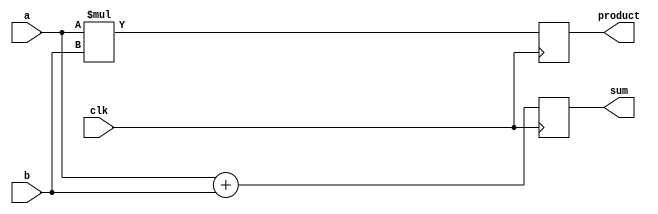
module behavioral_model (
    input wire clk,
    input wire [3:0] a,
    input wire [3:0] b,
    output reg [4:0] sum,
    output reg [4:0] product
);

// Signal Declaration
reg [4:0] temp_sum;
reg [4:0] temp_product;

// Task to calculate sum
task calculate_sum;
    input [3:0] x;
    input [3:0] y;
    begin
        temp_sum = x + y;
    end
endtask

// Task to calculate product
task calculate_product;
    input [3:0] x;
    input [3:0] y;
    begin
        temp_product = x * y;
    end
endtask

// Continuous Assignment
always @(posedge clk) begin
    // Invoke tasks
    calculate_sum(a, b);
    calculate_product(a, b);
    
    // Non-blocking assignments
    sum <= temp_sum;
    product <= temp_product;
end

endmodule